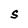
Character: S